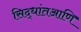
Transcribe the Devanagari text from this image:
सिद्धांतआणि